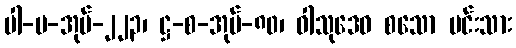
ပါ-ပ-အုပ်-၂၂၃၊ ဋ္ဌ-စ-အုပ်-၈၀၊ ဝါသုဒေဝ စသော မင်းသား